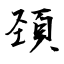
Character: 頚